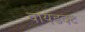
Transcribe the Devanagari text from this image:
वायडक्ट